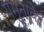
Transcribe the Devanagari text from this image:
यमुनाके